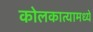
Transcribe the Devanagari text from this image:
कोलकात्यामध्ये